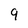
Character: 9